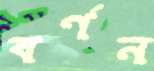
বর্ণন